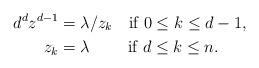
LaTeX: \begin{align*} d^dz^{d-1}&=\lambda/z_k \quad\hbox{if } 0\leq k\leq d-1,\\ z_k&=\lambda \quad\quad\ \hbox{if } d\leq k\leq n.\end{align*}